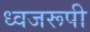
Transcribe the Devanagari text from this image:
ध्वजरूपी